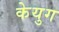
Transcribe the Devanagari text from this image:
केयुग